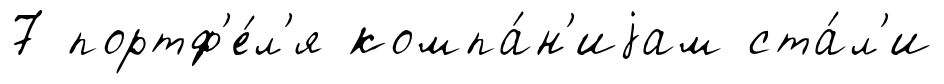
7 портф'е́л'я компа́н'иjам ста́л'и